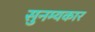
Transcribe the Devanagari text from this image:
सुनम्यकार